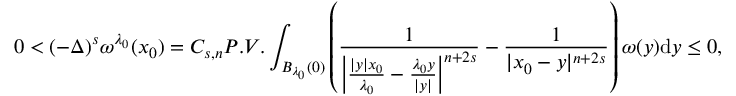
0 < ( - \Delta ) ^ { s } \omega ^ { \lambda _ { 0 } } ( x _ { 0 } ) = C _ { s , n } P . V . \int _ { B _ { \lambda _ { 0 } } ( 0 ) } \left( \frac { 1 } { \left| \frac { | y | x _ { 0 } } { \lambda _ { 0 } } - \frac { \lambda _ { 0 } y } { | y | } \right| ^ { n + 2 s } } - \frac { 1 } { | x _ { 0 } - y | ^ { n + 2 s } } \right) \omega ( y ) \mathrm { d } y \leq 0 ,